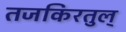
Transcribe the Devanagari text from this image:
तजकिरतुल्